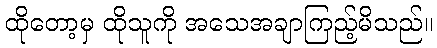
ထိုတော့မှ ထိုသူကို အသေအချာကြည့်မိသည်။